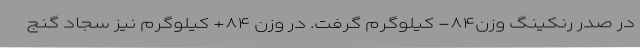
در صدر رنکینگ وزن۸۴- کیلوگرم گرفت. در وزن ۸۴+ کیلوگرم نیز سجاد گنج